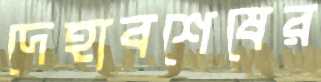
দেহাবশেষের